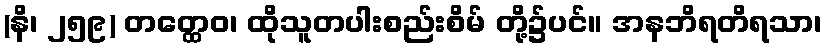
(နိ၊ ၂၅၉) တတ္ထေဝ၊ ထိုသူတပါးစည်းစိမ် တို့၌ပင်။ အနဘိရတိရသာ၊